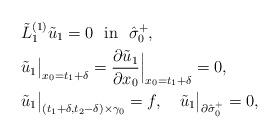
LaTeX: \begin{align*} &\tilde L_1^{(1)}\tilde u_1=0\ \ \mbox{in}\ \ \hat\sigma_0^+, \\ &\tilde u_1\big|_{x_0=t_1+\delta}=\frac{\partial\tilde u_1}{\partial x_0}\Big|_{x_0=t_1+\delta}=0, \\ &\tilde u_1\big|_{(t_1+\delta,t_2-\delta)\times\gamma_0}=f,\ \ \ \tilde u_1\big|_{\partial \hat\sigma_0^+}=0, \end{align*}